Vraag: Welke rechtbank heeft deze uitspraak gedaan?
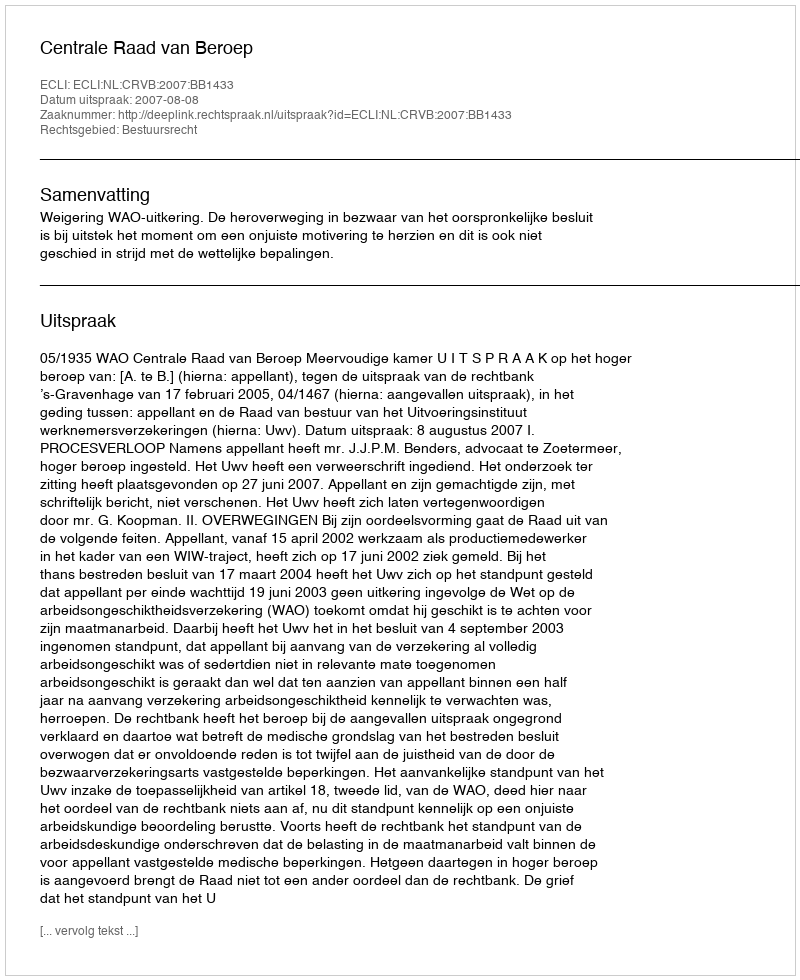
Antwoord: Centrale Raad van Beroep